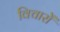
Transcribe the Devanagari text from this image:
विचाराें